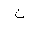
Letter: _non